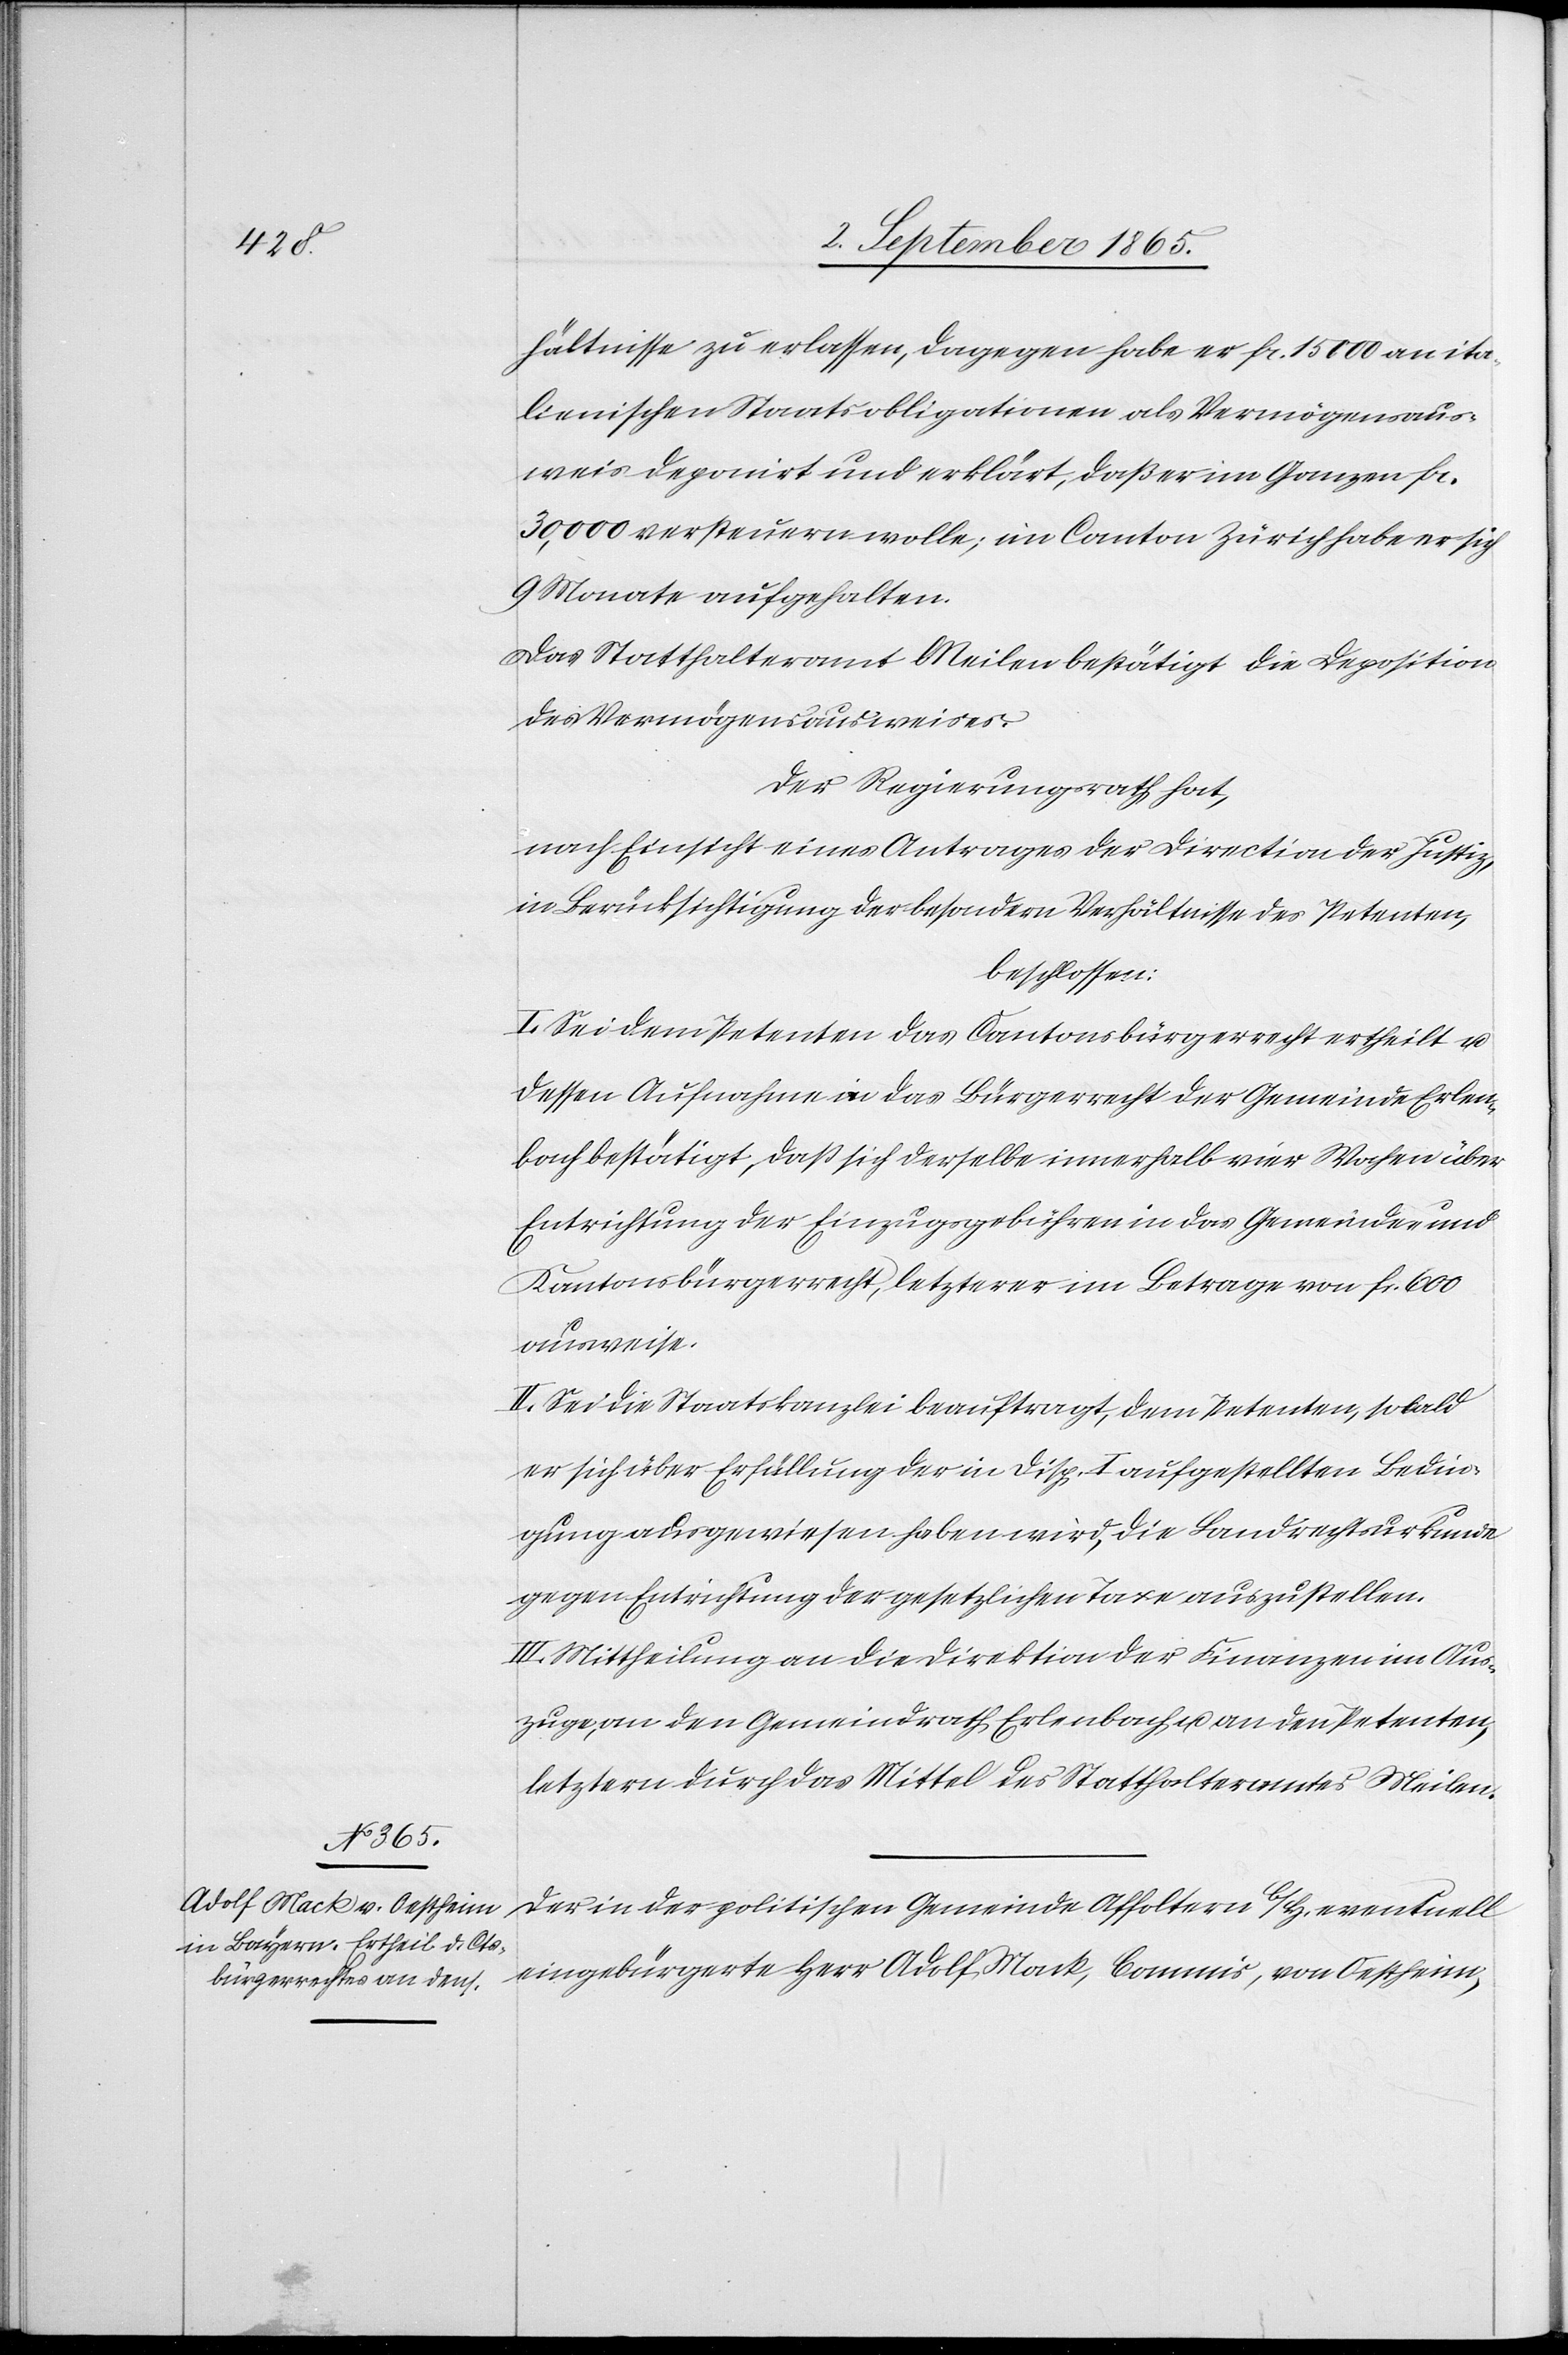
hältnisse zu erlassen, dagegen habe er fr. 15 000 an ita¬
lienischen Staatsobligationen als Vermögensaus¬
weis deponirt und erklärt, daß er im Ganzen fr.
30,000 versteuern wolle; im Canton Zürich habe er sich
9 Monate aufgehalten.
Das Statthalteramt Meilen bestätigt die Deposition
des Vermögensausweises.
Der Regierungsrath hat,
nach Einsicht eines Antrages der Direction der Justiz,
in Berücksichtigung der besondern Verhältnisse des Petenten,
beschlossen:
I. Sei dem Petenten das Kantonsbürgerrecht ertheilt u.
dessen Aufnahme in das Bürgerrecht der Gemeinde Erlen¬
bach bestätigt, daß sich derselbe innerhalb vier Wochen über
Entrichtung der Einzugsgebühren in das Gemeinde- und
Kantonsbürgerrecht, letzterer im Betrage von fr. 600
ausweise.
II. Sei die Staatskanzlei beauftragt, dem Petenten, sobald
er sich über Erfüllung der in Disp. I aufgestellten Bedin¬
gung ausgewiesen haben wird, die Landrechtsurkunde
gegen Entrichtung der gesetzlichen Taxe auszustellen.
III. Mittheilung an die Direktion der Finanzen im Aus¬
zuge, an den Gemeindrath Erlenbach u. an den Petenten,
letztern durch das Mittel des Statthalteramtes Meilen.
Der in der politischen Gemeinde Affoltern b/H. eventuell
eingebürgerte Herr Adolf Mack, Commis, von Oestheim,